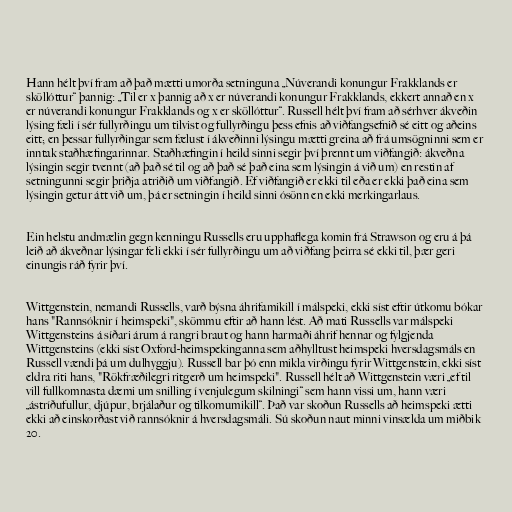
Hann hélt því fram að það mætti umorða setninguna „Núverandi konungur Frakklands er
sköllóttur“ þannig: „Til er x þannig að x er núverandi konungur Frakklands, ekkert annað en x
er núverandi konungur Frakklands og x er sköllóttur“. Russell hélt því fram að sérhver ákveðin
lýsing fæli í sér fullyrðingu um tilvist og fullyrðingu þess efnis að viðfangsefnið sé eitt og aðeins
eitt; en þessar fullyrðingar sem fælust í ákveðinni lýsingu mætti greina að frá umsögninni sem er
inntak staðhæfingarinnar. Staðhæfingin í heild sinni segir því þrennt um viðfangið: ákveðna
lýsingin segir tvennt (að það sé til og að það sé það eina sem lýsingin á við um) en restin af
setningunni segir þriðja atriðið um viðfangið. Ef viðfangið er ekki til eða er ekki það eina sem
lýsingin getur átt við um, þá er setningin í heild sinni ósönn en ekki merkingarlaus.

Ein helstu andmælin gegn kenningu Russells eru upphaflega komin frá Strawson og eru á þá
leið að ákveðnar lýsingar feli ekki í sér fullyrðingu um að viðfang þeirra sé ekki til, þær geri
einungis ráð fyrir því.

Wittgenstein, nemandi Russells, varð býsna áhrifamikill í málspeki, ekki síst eftir útkomu bókar
hans "Rannsóknir í heimspeki", skömmu eftir að hann lést. Að mati Russells var málspeki
Wittgensteins á síðari árum á rangri braut og hann harmaði áhrif hennar og fylgjenda
Wittgensteins (ekki síst Oxford-heimspekinganna sem aðhylltust heimspeki hversdagsmáls en
Russell vændi þá um dulhyggju). Russell bar þó enn mikla virðingu fyrir Wittgenstein, ekki síst
eldra riti hans, "Rökfræðilegri ritgerð um heimspeki". Russell hélt að Wittgenstein væri „ef til
vill fullkomnasta dæmi um snilling í venjulegum skilningi“ sem hann vissi um, hann væri
„ástríðufullur, djúpur, brjálaður og tilkomumikill“. Það var skoðun Russells að heimspeki ætti
ekki að einskorðast við rannsóknir á hversdagsmáli. Sú skoðun naut minni vinsælda um miðbik
20.